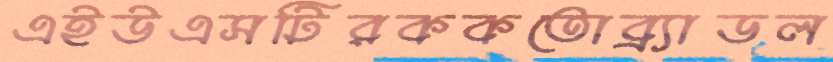
এইউএসটিরককতোব্র্যাডল